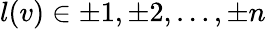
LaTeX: l(v)\in{\pm 1,\pm 2,\ldots,\pm n}